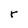
Character: r